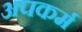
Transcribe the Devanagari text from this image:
अपकर्म